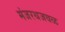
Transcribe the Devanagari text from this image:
मंजरथजवळ